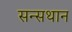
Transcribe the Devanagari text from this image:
सन्सथान